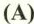
(A)